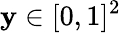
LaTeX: \mathbf{y}\in[0,1]^{2}